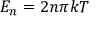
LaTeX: E _ { n } = 2 n \pi k T